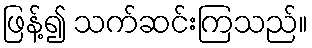
ဖြန့်၍ သက်ဆင်းကြသည်။